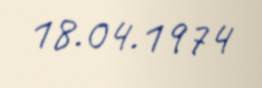
18.04.1974